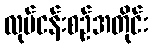
လုပ်ငန်းစဉ်အတိုင်း